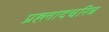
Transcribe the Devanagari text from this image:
प्रह्लादचरित्र